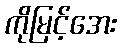
ကိုမြင့်အေး